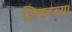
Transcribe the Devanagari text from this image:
लिफ्टच्या